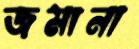
জমানা